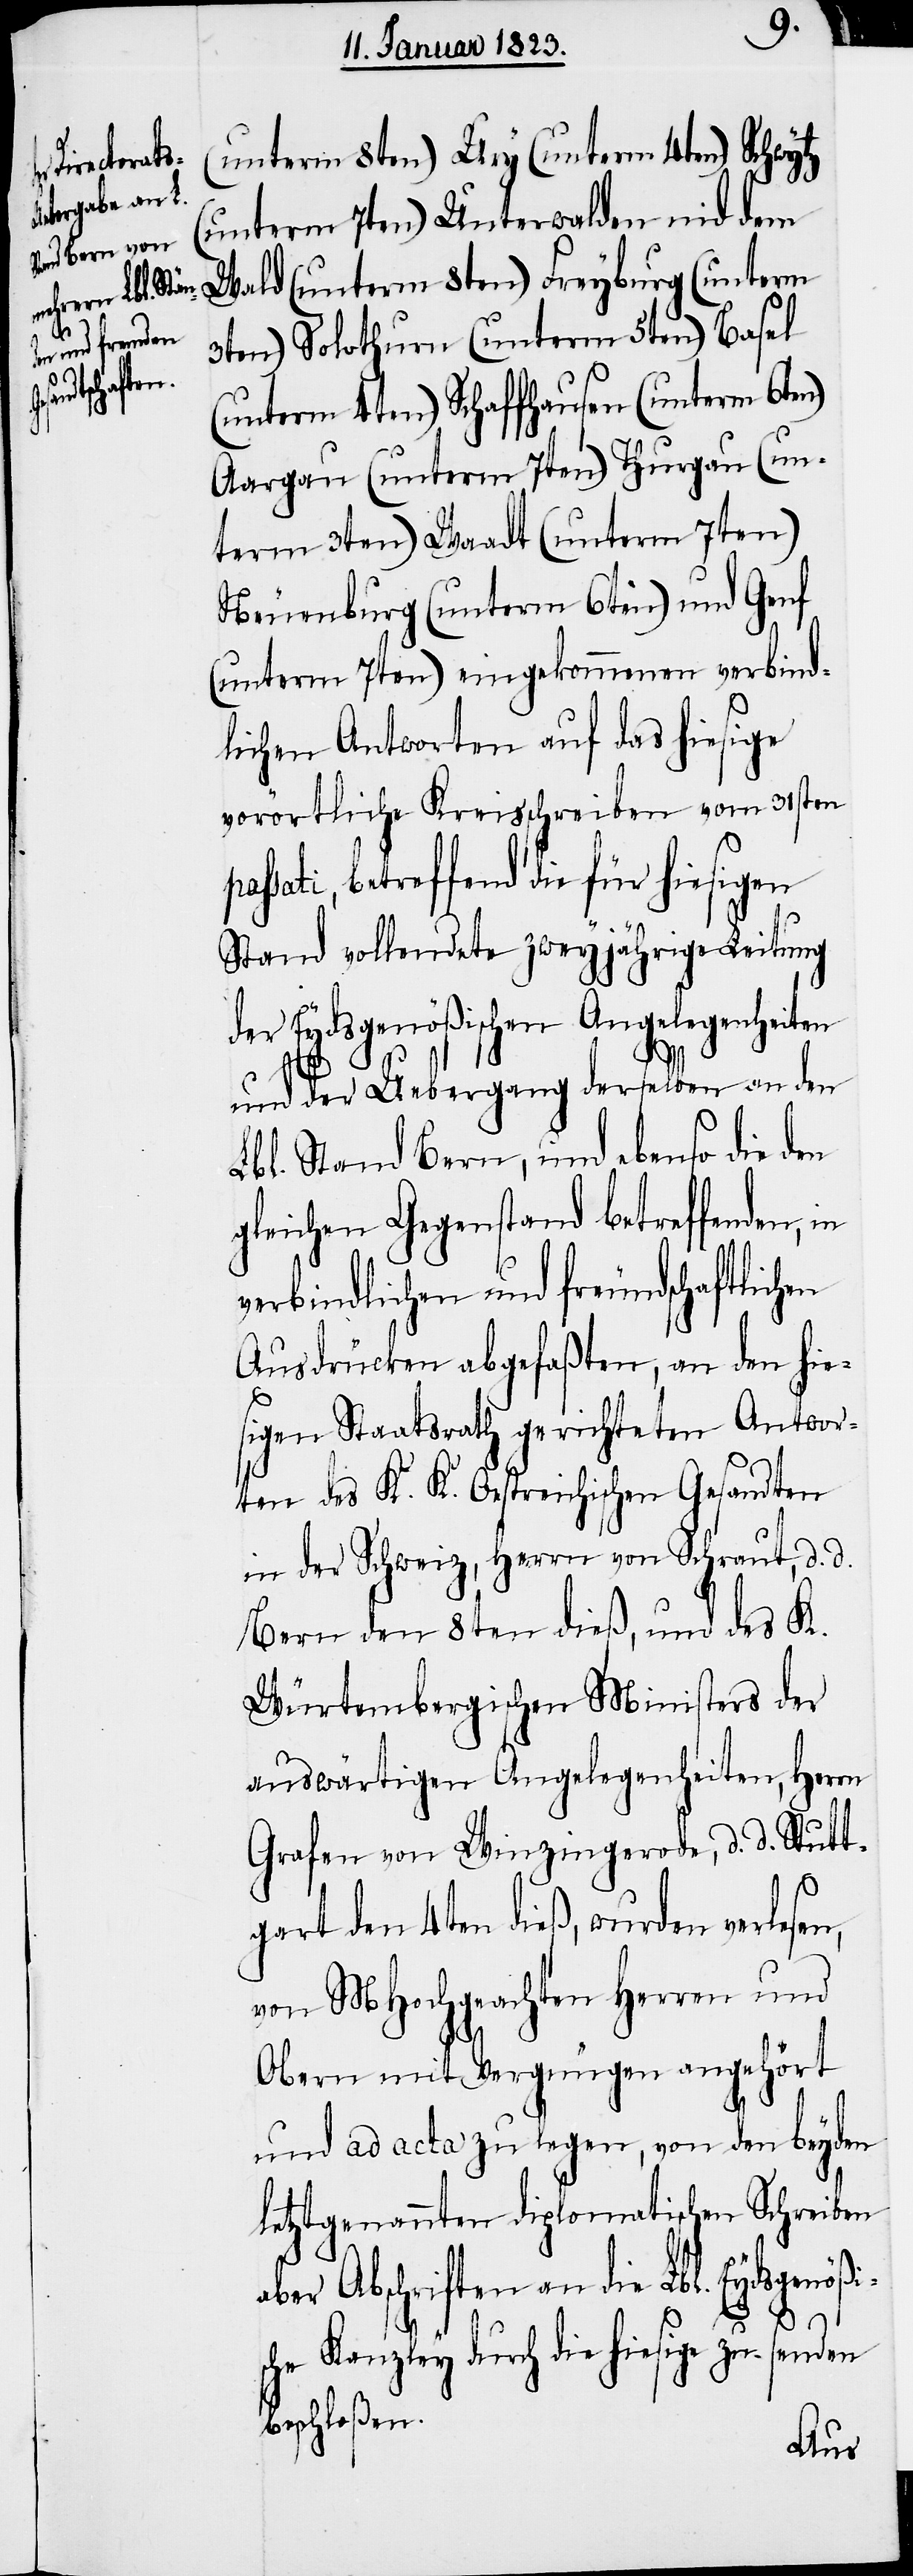
s¬
zu senden

(unterm 8ten)[,] Ury (unterm 4ten)[,] Schwytz
(unterm 7ten)[,] Unterwalden nid dem
Wald (unterm 8ten)[,] Freyburg (unterm
en)[,] Solothurn (unterm 5ten)[,] Basel
(unterm 4ten)[,] Schaffhausen (unterm 6te¬
Aargau (unterm 7ten)[,] Thurgau (un¬
term 3ten)[,] Waadt (unterm 7ten)[,]
Neuenburg (unterm 6ten) und Genf
(unterm 7ten) eingekommenen verbind¬
lichen Antworten auf das hiesige
vorörtliche Kreisschreiben vom 31sten
sati, betreffend die für hiesigen
Stand vollendete zweyjährige Leitung
der Eydsgenößischen Angelegenheiten
und der Uebergang derselben an den
Lbl. Stand Bern, und ebenso die den
gleichen Gegenstand betreffenden,
verbindlichen und freundschaftlichen
Ausdrücken abgefaßten, an den hie¬
sigen Staatsrath gerichteten Antwor¬
ten des K. K. Oestreichischen Gesandten
in der Schweiz, Herrn von Schraut, d. d.
Bern den 8ten dieß, und des K.
Würtembergischen Ministers der
pas¬
auswärtigen Angelegenheiten, Herrn
Grafen von Winzingerode, d. d. Stutt¬
gart den 4ten dieß, wurden verlesen,
von MHochgeachten Herren und
Obern mit Vergnügen angehört
und ad acta zu legen, von den beyden
letztgenannten diplomatischen Schreiben
aber Abschriften an die Lbl. Eydsgenößi¬
n)[,]
che Kanzley durch die hiesige
beschloßen.